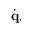
{ \dot { \mathbf { q } } } ,